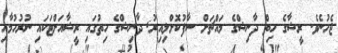
ޖެހުނެވެ. ރީޝާގެ ހިތް ދާނިޝްގެ މައްޗަށް ސާފުކޮށްލިއިރު